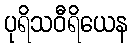
ပုရိသဝီရိယေန